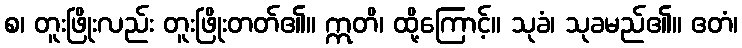
စ၊ တူးဖြိုးလည်း တူးဖြိုးတတ်၏။ ဣတိ၊ ထို့ကြောင့်။ သုခံ၊ သုခမည်၏။ ဧတံ၊